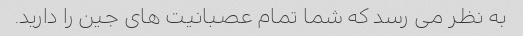
به نظر می رسد که شما تمام عصبانیت های جین را دارید.